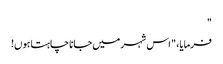
"
فرمایا، " اس شہر میں جانا چاہتا ہوں!